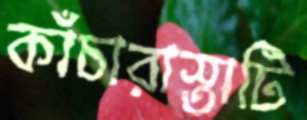
কাঁচারাস্তাটি